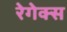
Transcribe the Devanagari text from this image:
रेगेक्स